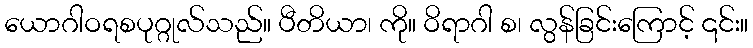
ယောဂါဝရစပုဂ္ဂုလ်သည်။ ပီတိယာ၊ ကို။ ဝိရာဂါ စ၊ လွန်ခြင်းကြောင့် ၎င်း။